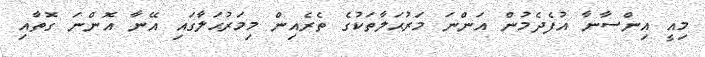
މިއީ އިންސާނާ އުފެދެމުން އަންނަ މަރުޙަލާތަކުގެ ތެރެއިން މިމަރުޙަލާގައި އޭނާ އޮންނަ ގޮތާއި